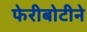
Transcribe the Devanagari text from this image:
फेरीबोटीने